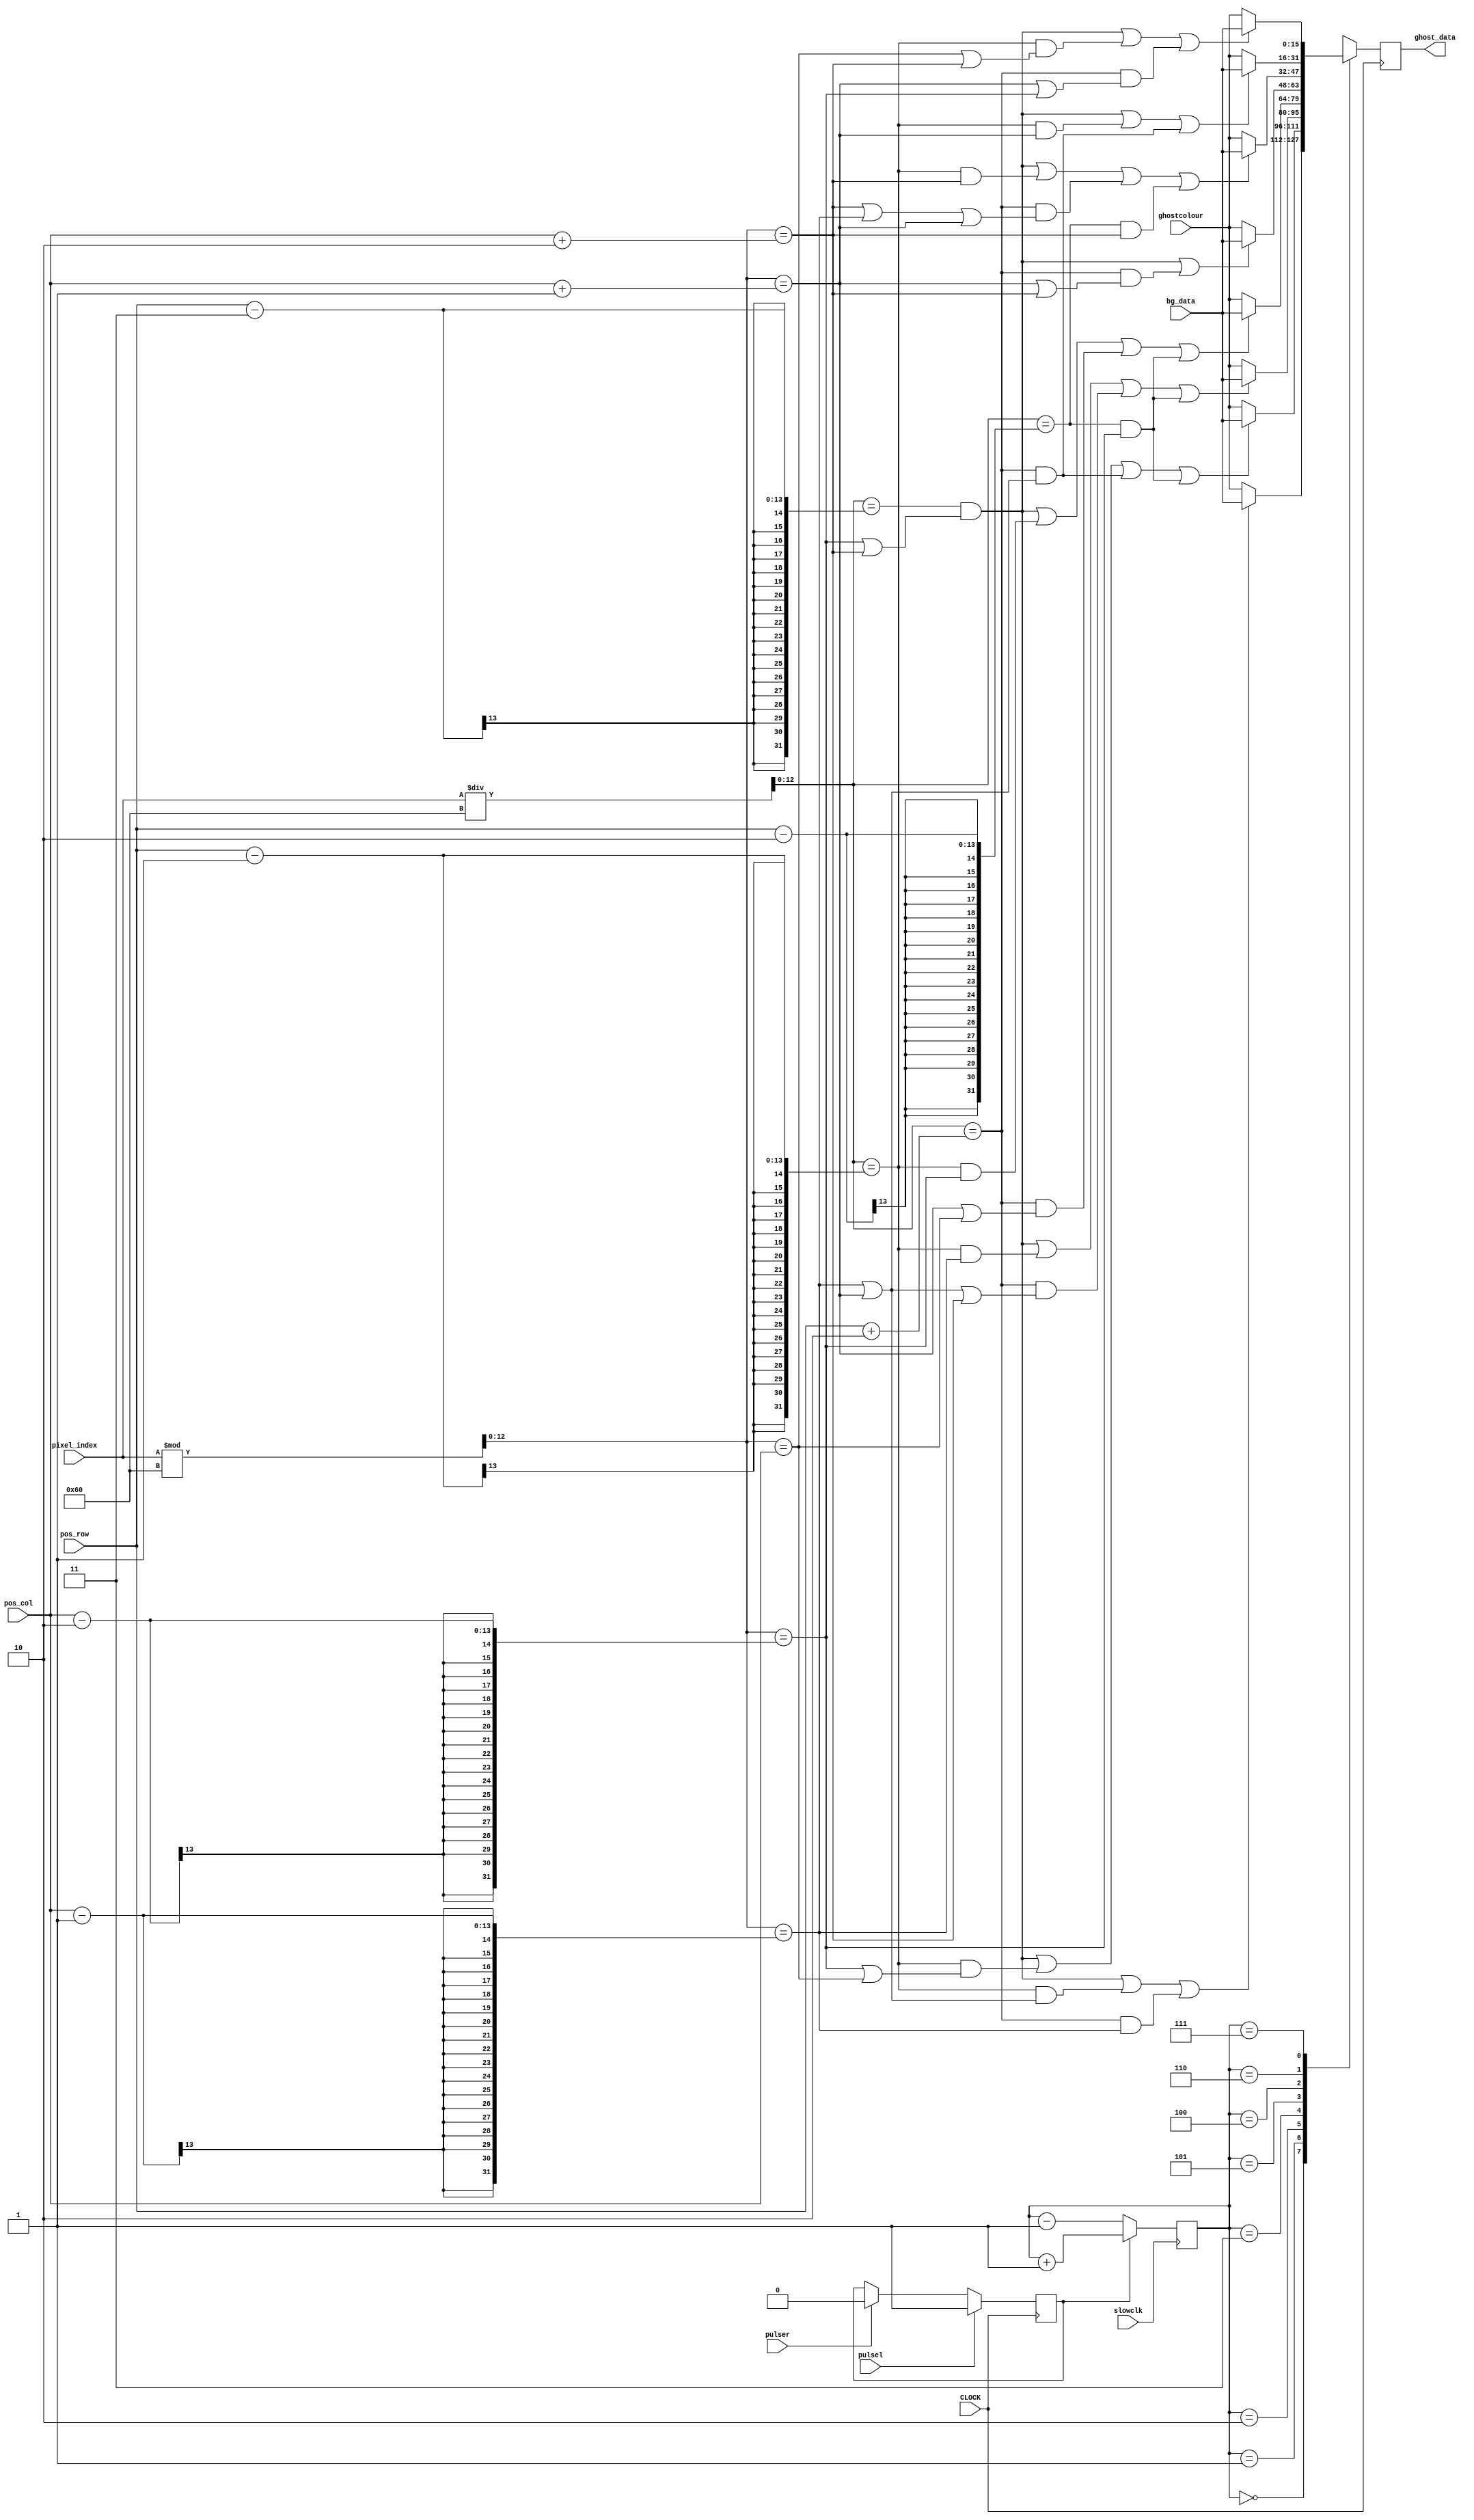
`timescale 1ns / 1ps
//////////////////////////////////////////////////////////////////////////////////
// Company: 
// Engineer: 
// 
// Design Name: 
// Module Name: ghost
// Project Name: 
// Target Devices: 
// Tool Versions: 
// Description: 
// 
// Dependencies: 
// 
// Revision:
// Revision 0.01 - File Created
// Additional Comments:
// 
//////////////////////////////////////////////////////////////////////////////////


module ghost(
input CLOCK,
input slowclk,
input [15:0]bg_data,
output reg [15:0]ghost_data,
input [12:0]pixel_index,
input [12:0]pos_col,
input [12:0]pos_row,
input [15:0]ghostcolour,
input pulsel,
input pulser
    );
    reg [2:0]count;
    reg [12:0]row;
    reg [12:0]col;
    reg rotation = 1;
    
    always @ (posedge slowclk) begin
    
        count = ( rotation == 1 )? count + 1  : count - 1  ;
    end   
    
    always @ (posedge CLOCK) begin
        rotation = (pulsel) ? 1 : ((pulser)? 0 : rotation ) ;
        row = pixel_index / 96;
        col = pixel_index % 96;
        case (count)
            0:
                ghost_data = ((row == pos_row-3 && (col == pos_col-2 || col==pos_col+2)) || (row == pos_row-1 && (col== pos_col-1 || col == pos_col+1)) || (row==pos_row+2&& col ==pos_col-1) ) ? bg_data : ghostcolour ;
            1:
                ghost_data = ((row == pos_row-3 && (col == pos_col-2 || col==pos_col+2)) || (row == pos_row-1 && (col== pos_col-2 || col == pos_col)) || (row==pos_row+2&& (col==pos_col+1 || col ==pos_col-1)) || (row==pos_row-2 && (col == pos_col-2)) ) ? bg_data : ghostcolour ;
            2:
                ghost_data = ((row == pos_row-3 && (col == pos_col-2 || col==pos_col+2)) || (row == pos_row-1 && col== pos_col-1) || (row==pos_row+2&& (col==pos_col+1 || col ==pos_col-1 || col==pos_col+2)) || (row==pos_row-2 && (col == pos_col-2)) ) ? bg_data : ghostcolour ;
            3:
                ghost_data = ((row == pos_row-3 && (col == pos_col-2 || col==pos_col+2)) || (row == pos_row-1 && col== pos_col-2) || (row==pos_row+2&& (col==pos_col+1 || col ==pos_col)) || (row==pos_row-2 && (col == pos_col-2)) ) ? bg_data : ghostcolour ;
            5:
                ghost_data = ((row == pos_row-3 && (col == pos_col-2 || col==pos_col+2)) || (row==pos_row+2&& (col==pos_col+1 || col ==pos_col+2)) ) ? bg_data : ghostcolour ;
            4:
                ghost_data = ((row == pos_row-3 && (col == pos_col-2 || col==pos_col+2)) || (row == pos_row-1 && col== pos_col+2) || (row==pos_row+2&& (col==pos_col+2 || col ==pos_col-1 || col==pos_col+1)) || (row==pos_row-2 && (col == pos_col+2)) ) ? bg_data : ghostcolour ;
            6:
                ghost_data = ((row == pos_row-3 && (col == pos_col-2 || col==pos_col+2)) || (row == pos_row-1 && col== pos_col+1) || (row==pos_row+2&& (col==pos_col+1 || col ==pos_col-1)) ) ? bg_data : ghostcolour ;
            7:
                ghost_data = ((row == pos_row-3 && (col == pos_col-2 || col==pos_col+2)) || (row == pos_row-1 && (col== pos_col || col == pos_col+2)) || (row==pos_row+2&& (col==pos_col+1 || col ==pos_col-2)) ) ? bg_data : ghostcolour ;
        endcase
    end
endmodule